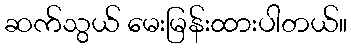
ဆက်သွယ် မေးမြန်းထားပါတယ်။